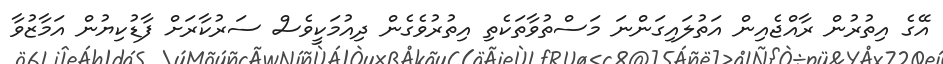
އޭގެ އިތުރުން ރާއްޖެއިން އަތުލައިގަންނަ މަސްތުވާތަކެތި އިތުރުވެގެން ދިއުމަކީވެސް ސަރުކާރަށް ފާޑުކިޔުން އަމާޒުވާ